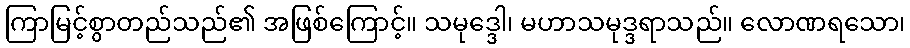
ကြာမြင့်စွာတည်သည်၏ အဖြစ်ကြောင့်။ သမုဒ္ဒေါ၊ မဟာသမုဒ္ဒရာသည်။ လောဏရသော၊